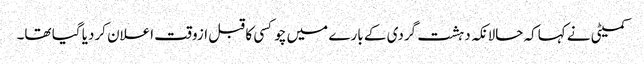
کمیٹی نے کہاکہ حالانکہ دہشت گردی کے بارے میں چوکسی کا قبل ازوقت اعلان کردیا گیا تھا۔